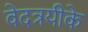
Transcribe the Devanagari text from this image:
वेदत्रयीके